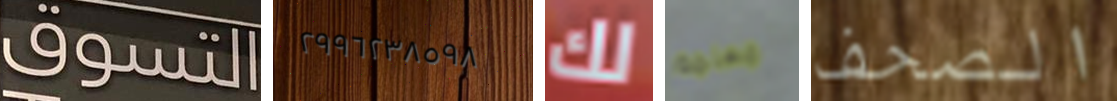
التسوق ٢٩٩٦٢٣٨٥٩٨ لك معلمة الصحف